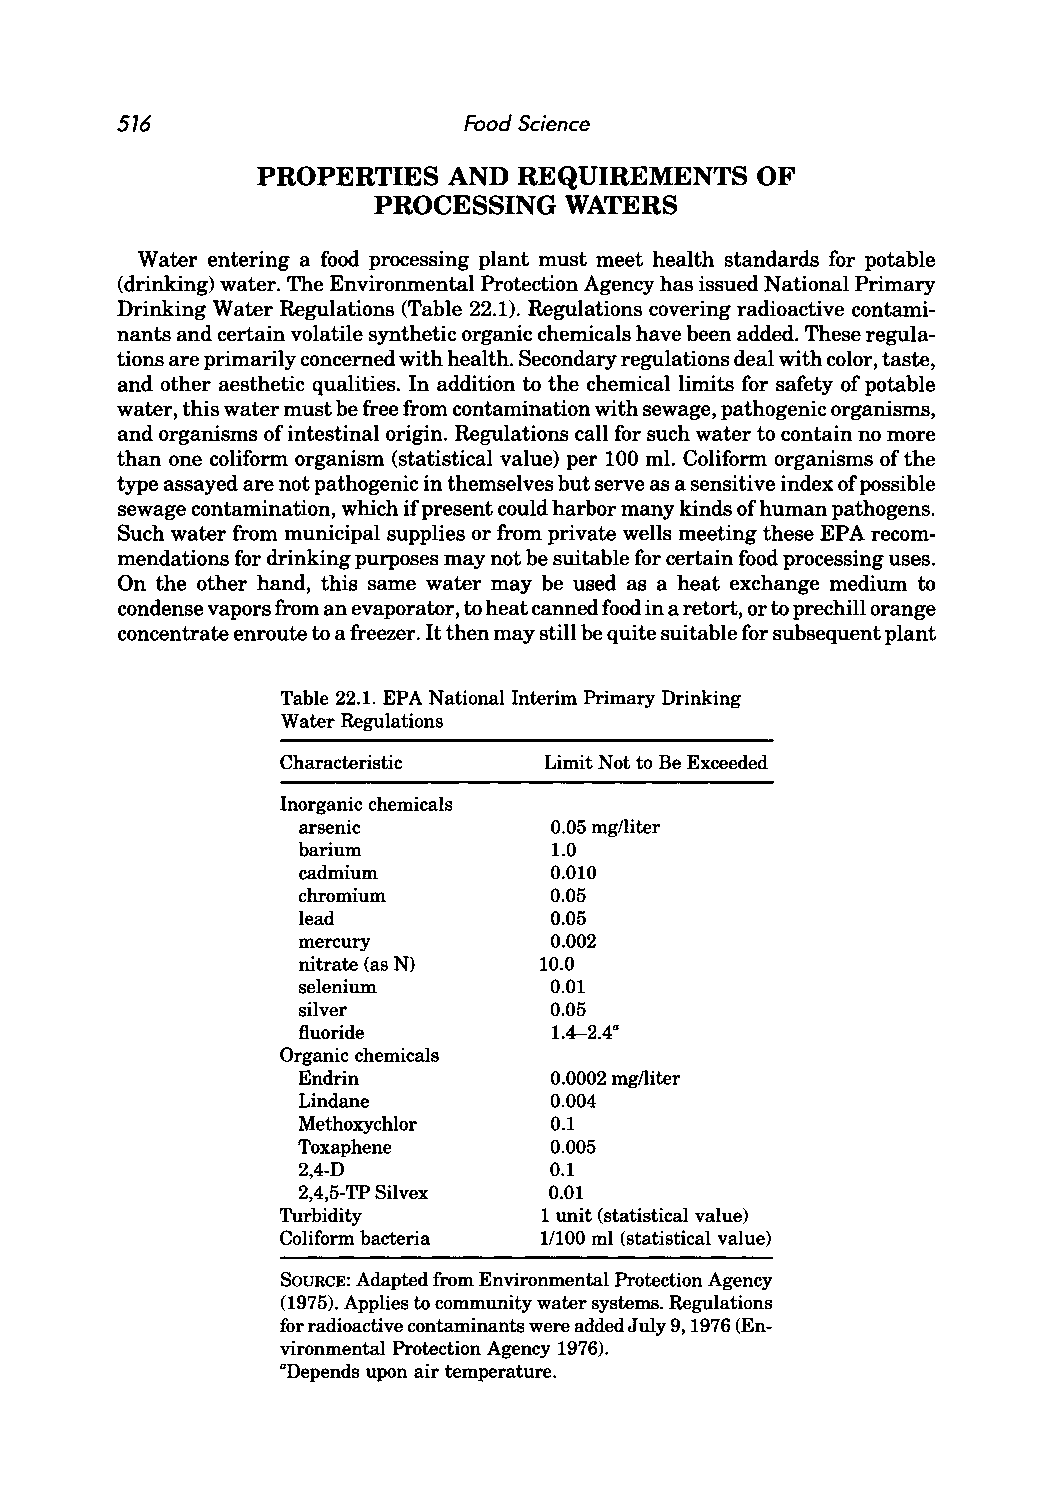
516                    Food Science
 PROPERTIES   AND REQUIREMENTS    OF
 PROCESSING  WATERS
 Water entering a food processing plant must meet health standards for potable
 (drinking) water. The Environmental Protection Agency has issued National Primary
 Drinking Water Regulations (Table 22.1). Regulations covering radioactive contami
 nants and certain volatile synthetic organic chemicals have been added. These regula
 tions are primarily concerned with health. Secondary regulations deal with color, taste,
 and other aesthetic qualities. In addition to the chemical limits for safety of potable
 water, this water must be free from contamination with sewage, pathogenic organisms,
 and organisms of intestinal origin. Regulations call for such water to contain no more
 than one coliform organism (statistical value) per 100 ml. Coliform organisms of the
 type assayed are not pathogenic in themselves but serve as a sensitive index of possible
 sewage contamination, which if present could harbor many kinds of human pathogens.
 Such water from municipal supplies or from private wells meeting these EPA recom
 mendations for drinking purposes may not be suitable for certain food processing uses.
 On the other hand, this same water may be used as a heat exchange medium to
 condense vapors from an evaporator, to heat canned food in a retort, or to prechill orange
 concentrate enroute to a freezer. It then may still be quite suitable for subsequent plant
 Table 22.1. EPA National Interim Primary Drinking
 Water Regulations
 Characteristic   Limit Not to Be Exceeded
 Inorganic chemicals
 arsenic         0.05 mg/liter
 barium          1.0
 cadmium         0.010
 chromium        0.05
 lead            0.05
 mercury         0.002
 nitrate (as N)  10.0
 selenium        0.01
 silver          0.05
 fluoride        1.4--2.4a
 Organic chemicals
 Endrin          0.0002 mg/liter
 Lindane         0.004
 Methoxychlor    0.1
 Toxaphene       0.005
 2,4-D           0.1
 2,4,5-TP Silvex 0.01
 Turbidity         1 unit (statistical value)
 Coliform bacteria 11100 ml (statistical value)
 SOURCE: Adapted from Environmental Protection Agency
 (1975). Applies to community water systems. Regulations
 for radioactive contaminants were added July 9, 1976 (En
 vironmental Protection Agency 1976).
 aDepends upon air temperature.